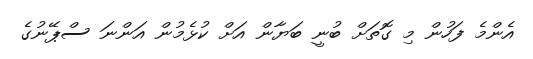
އެންމެ ފަހުން މި ގޮތަށް ބުނީ ބަޔާން އަށް ކުޅެމުން އަންނަ ސްޕޭނުގެ